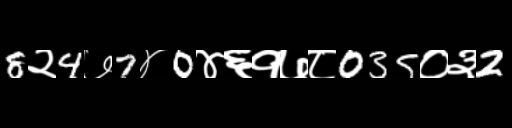
Text: 8२4७7४0४६१७८035०३2